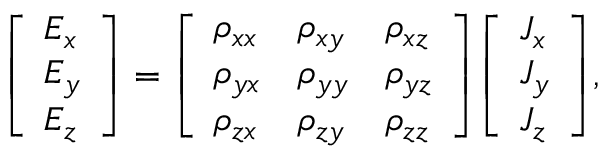
{ \left[ \begin{array} { l } { E _ { x } } \\ { E _ { y } } \\ { E _ { z } } \end{array} \right] } = { \left[ \begin{array} { l l l } { \rho _ { x x } } & { \rho _ { x y } } & { \rho _ { x z } } \\ { \rho _ { y x } } & { \rho _ { y y } } & { \rho _ { y z } } \\ { \rho _ { z x } } & { \rho _ { z y } } & { \rho _ { z z } } \end{array} \right] } { \left[ \begin{array} { l } { J _ { x } } \\ { J _ { y } } \\ { J _ { z } } \end{array} \right] } ,